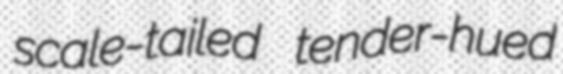
scale-tailed tender-hued